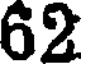
62